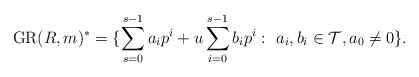
\begin{align*}{\rm GR}(R, m)^*=\{ \sum_{s=0}^{s-1}a_ip^i+u\sum_{i=0}^{s-1}b_ip^i:~a_i, b_i \in \mathcal {T}, a_0\neq 0\}.\end{align*}